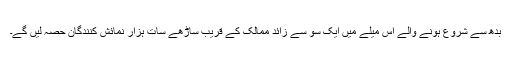
بدھ سے شروع ہونے والے اس میلے میں ایک سو سے زائد ممالک کے قریب ساڑھے سات ہزار نمائش کنندگان حصہ لیں گے۔